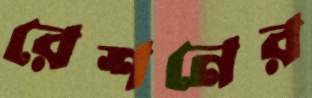
রেশনের